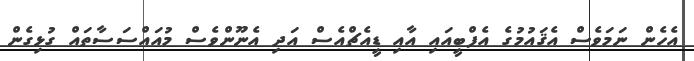
އެހެން ނަމަވެސް އެޤައުމުގެ އެފްބީއައި އާއި ޑީއެޗްއެސް އަދި އެނޫންވެސް މުއައްސަސާތައް ގުޅިގެން